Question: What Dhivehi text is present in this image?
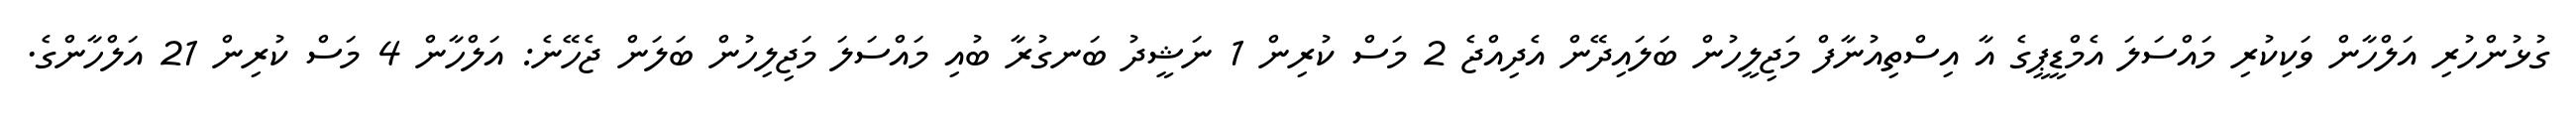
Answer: ގުޅުންހުރި އަލްހާން ވަކިކުރި މައްސަލަ އެމްޑީޕީގެ އާ އިސްތިއުނާފް މަޖިލީހުން ބަލައިދޭން އެދިއްޖެ 2 މަސް ކުރިން 1 ނަޝީދު ބަނގުރާ ބުއި މައްސަލަ މަޖިލިހުން ބަލަން ޖެހޭނެ: އަލްހާން 4 މަސް ކުރިން 21 އަލްހާންގެ.